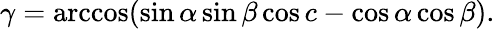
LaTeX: \gamma=\operatorname{arccos}(\sin\alpha\sin\beta\cos c-\cos\alpha\cos\beta).